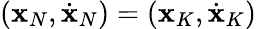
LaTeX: ({\mathbf x}_{N},\dot{\mathbf x}_{N})=({\mathbf x}_{K},\dot{\mathbf x}_{K})